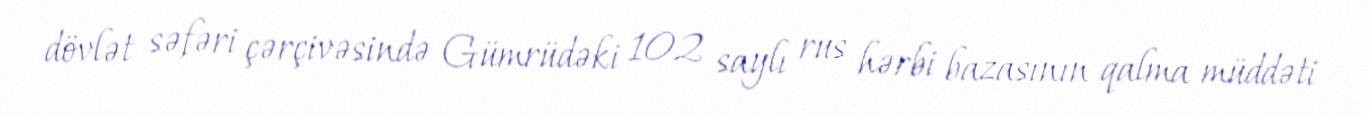
dövlət səfəri çərçivəsində Gümrüdəki 102 saylı rus hərbi bazasının qalma müddəti